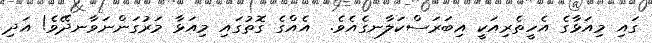
ގައި މިއަޅާގެ އެހީތެރިއަކީ އިބަރަސްކަލާނގެއެވެ.  އެއްގެ ގޮތުގައި މިއަޅާ މަރުގަންނަވާނދޭވެ! އަދި